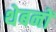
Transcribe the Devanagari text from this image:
थेबनों